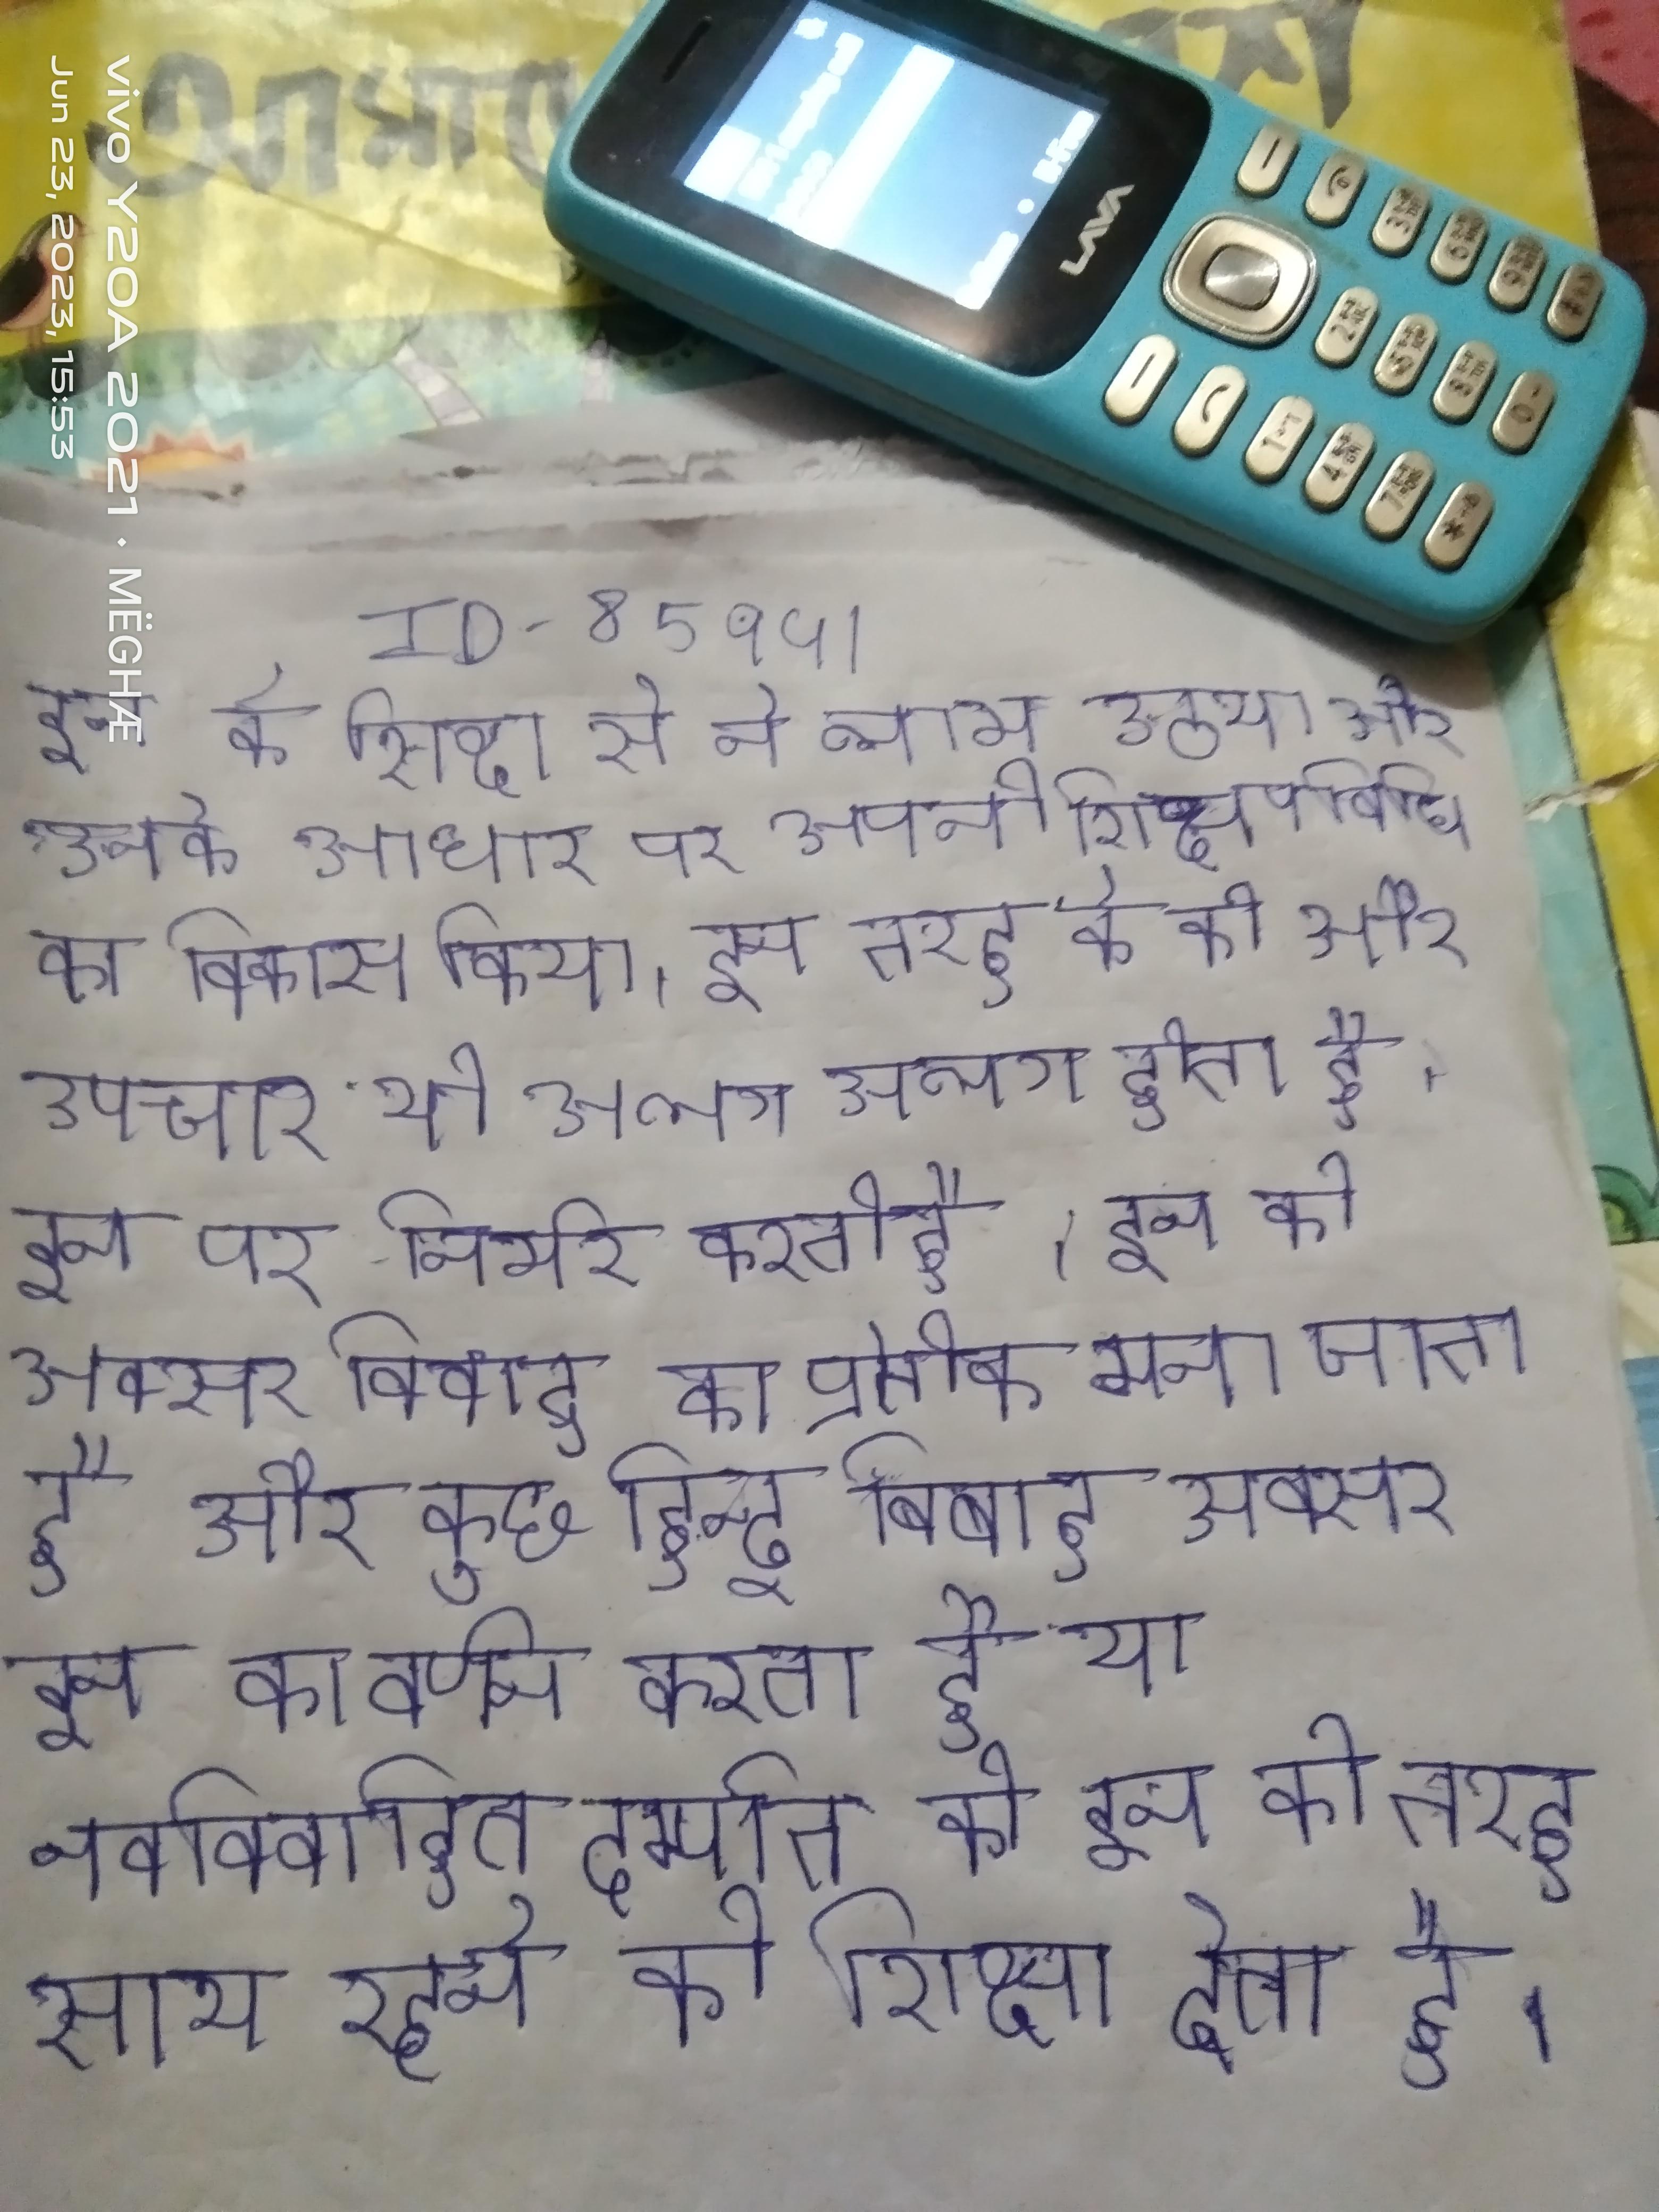
इन के शिक्षा से ने लाभ उठाया और उनके आधार पर अपनी शिक्षणविधि का विकास किया । इन तरह के की और उपचार भी अलग-अलग होता है । इन पर निर्भर करती है । इन को अक्सर विवाह का प्रतीक माना जाता है और कुछ हिन्दू विवाह अक्सर इन का वर्णन करता है या नवविवाहित दम्पति को इन की तरह साथ रहने की शिक्षा देता है ।